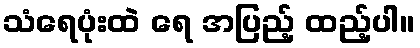
သံရေပုံးထဲ ရေ အပြည့် ထည့်ပါ။